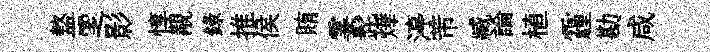
盩覂影惇覯錄推侯賄霎髭燁渟芾臧論植霾勘咸